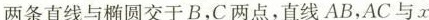
两条直线与椭圆交于B，C两点，直线AB，AC与x